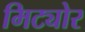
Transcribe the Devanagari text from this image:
मिट्योर